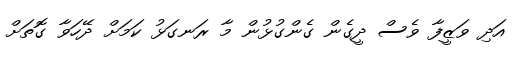
އަދި ވަޒީފާ ވެސް ދީގެން ގެންގުޅުން މާ ރަނގަޅު ކަމަށް ދޭހަވާ ގޮތަށް